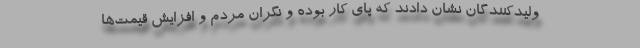
ولیدکنندگان نشان دادند که پای کار بوده و نگران مردم و افزایش قیمت‌ها